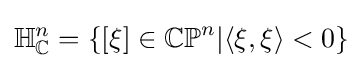
\mathbb {H} _{\mathbb {C} }^{n}=\{[\xi ]\in \mathbb {CP} ^{n}|\langle \xi ,\xi \rangle <0\}